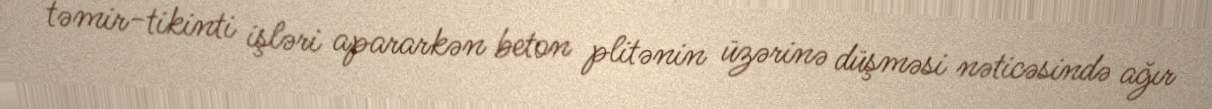
təmir-tikinti işləri apararkən beton plitənin üzərinə düşməsi nəticəsində ağır